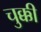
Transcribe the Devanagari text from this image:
चुक्की